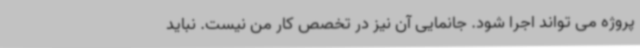
پروژه می تواند اجرا شود. جانمایی آن نیز در تخصص کار من نیست. نباید